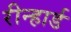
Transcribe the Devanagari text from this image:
रीन्हार्ड